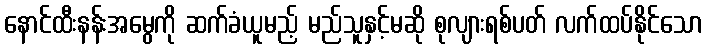
နောင်ထီးနန်းအမွေကို ဆက်ခံယူမည့် မည်သူနှင့်မဆို စုလျားရစ်ပတ် လက်ထပ်နိုင်သော